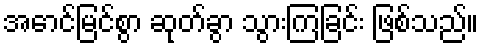
အောင်မြင်စွာ ဆုတ်ခွာ သွားကြခြင်း ဖြစ်သည်။